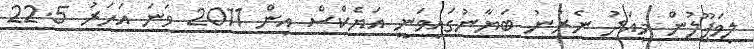
ލިވަޕޫލުން މިއަދު ނެރުނު ބަޔާނުގައިވަނީ އަޔެކްސް އިން 2011 ވަނަ އަހަރު 22.5